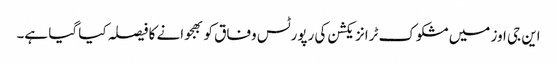
این جی اوز میں مشکوک ٹرانزیکشن کی رپورٹس وفاق کو بھجوانے کا فیصلہ کیا گیا ہے۔